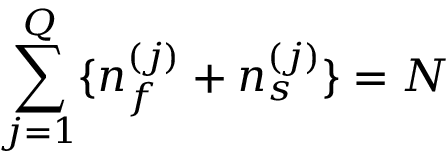
\sum _ { j = 1 } ^ { Q } \{ n _ { f } ^ { ( j ) } + n _ { s } ^ { ( j ) } \} = N